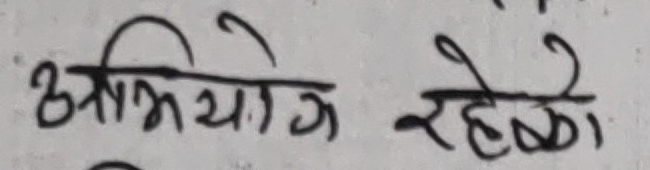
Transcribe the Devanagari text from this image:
अभियोग रहेको